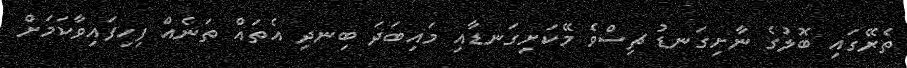
ތެރޭގައި ބޮލުގެ ނާށިގަނޑު ޗިސްވެ މޭކަށިގަނޑާއި މައިބަދަ ބިނދި އެތައް ތަނެއް ފިހިފައިވާކަމަށް